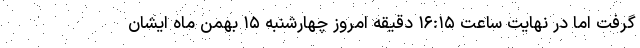
گرفت اما در نهایت ساعت ۱۶:۱۵ دقیقه امروز چهارشنبه ۱۵ بهمن ماه ایشان